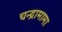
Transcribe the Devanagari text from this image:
चन्द्रामामा